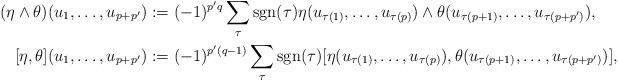
LaTeX: \begin{align*} (\eta\wedge\theta)(u_{1},\ldots,u_{p+p'})&:=(-1)^{p'q}\sum_{\tau}\operatorname{sgn}(\tau)\eta(u_{\tau(1)},\ldots,u_{\tau(p)})\wedge\theta(u_{\tau(p+1)},\ldots,u_{\tau(p+p')}),\\ [\eta,\theta](u_{1},\ldots,u_{p+p'})&:=(-1)^{p'(q-1)}\sum_{\tau}\operatorname{sgn}(\tau)[\eta(u_{\tau(1)},\ldots,u_{\tau(p)}),\theta(u_{\tau(p+1)},\ldots,u_{\tau(p+p')})],\end{align*}